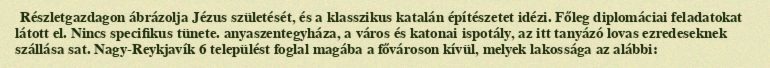
Részletgazdagon ábrázolja Jézus születését, és a klasszikus katalán építészetet idézi. Főleg diplomáciai feladatokat látott el. Nincs specifikus tünete. anyaszentegyháza, a város és katonai ispotály, az itt tanyázó lovas ezredeseknek szállása sat. Nagy-Reykjavík 6 települést foglal magába a fővároson kívül, melyek lakossága az alábbi: